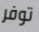
توفر